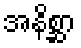
အနိစ္ဆာ